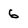
Character: 6